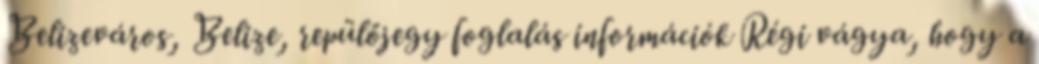
Belizeváros, Belize, repülőjegy foglalás információk Régi vágya, hogy a